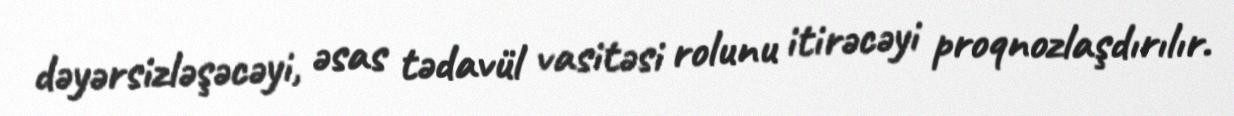
dəyərsizləşəcəyi, əsas tədavül vasitəsi rolunu itirəcəyi proqnozlaşdırılır.